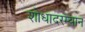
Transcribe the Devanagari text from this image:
शोधादरम्यान